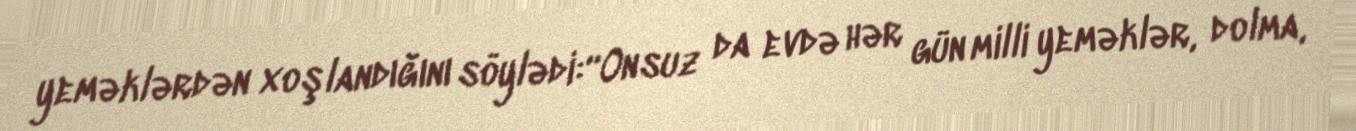
yeməklərdən xoşlandığını söylədi:“Onsuz da evdə hər gün milli yeməklər, dolma,